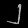
Digit: ၂